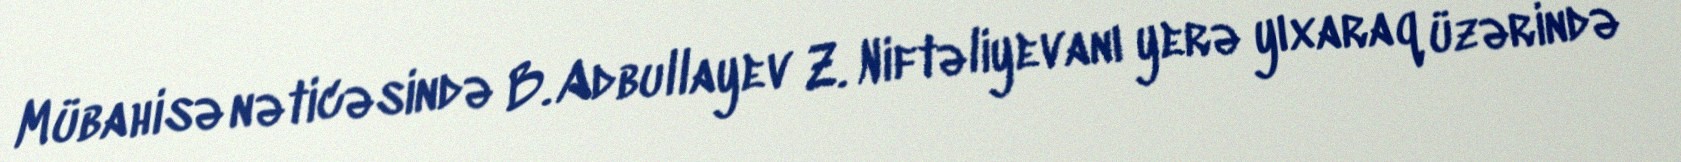
Mübahisə nəticəsində B. Adbullayev Z. Niftəliyevanı yerə yıxaraq üzərində